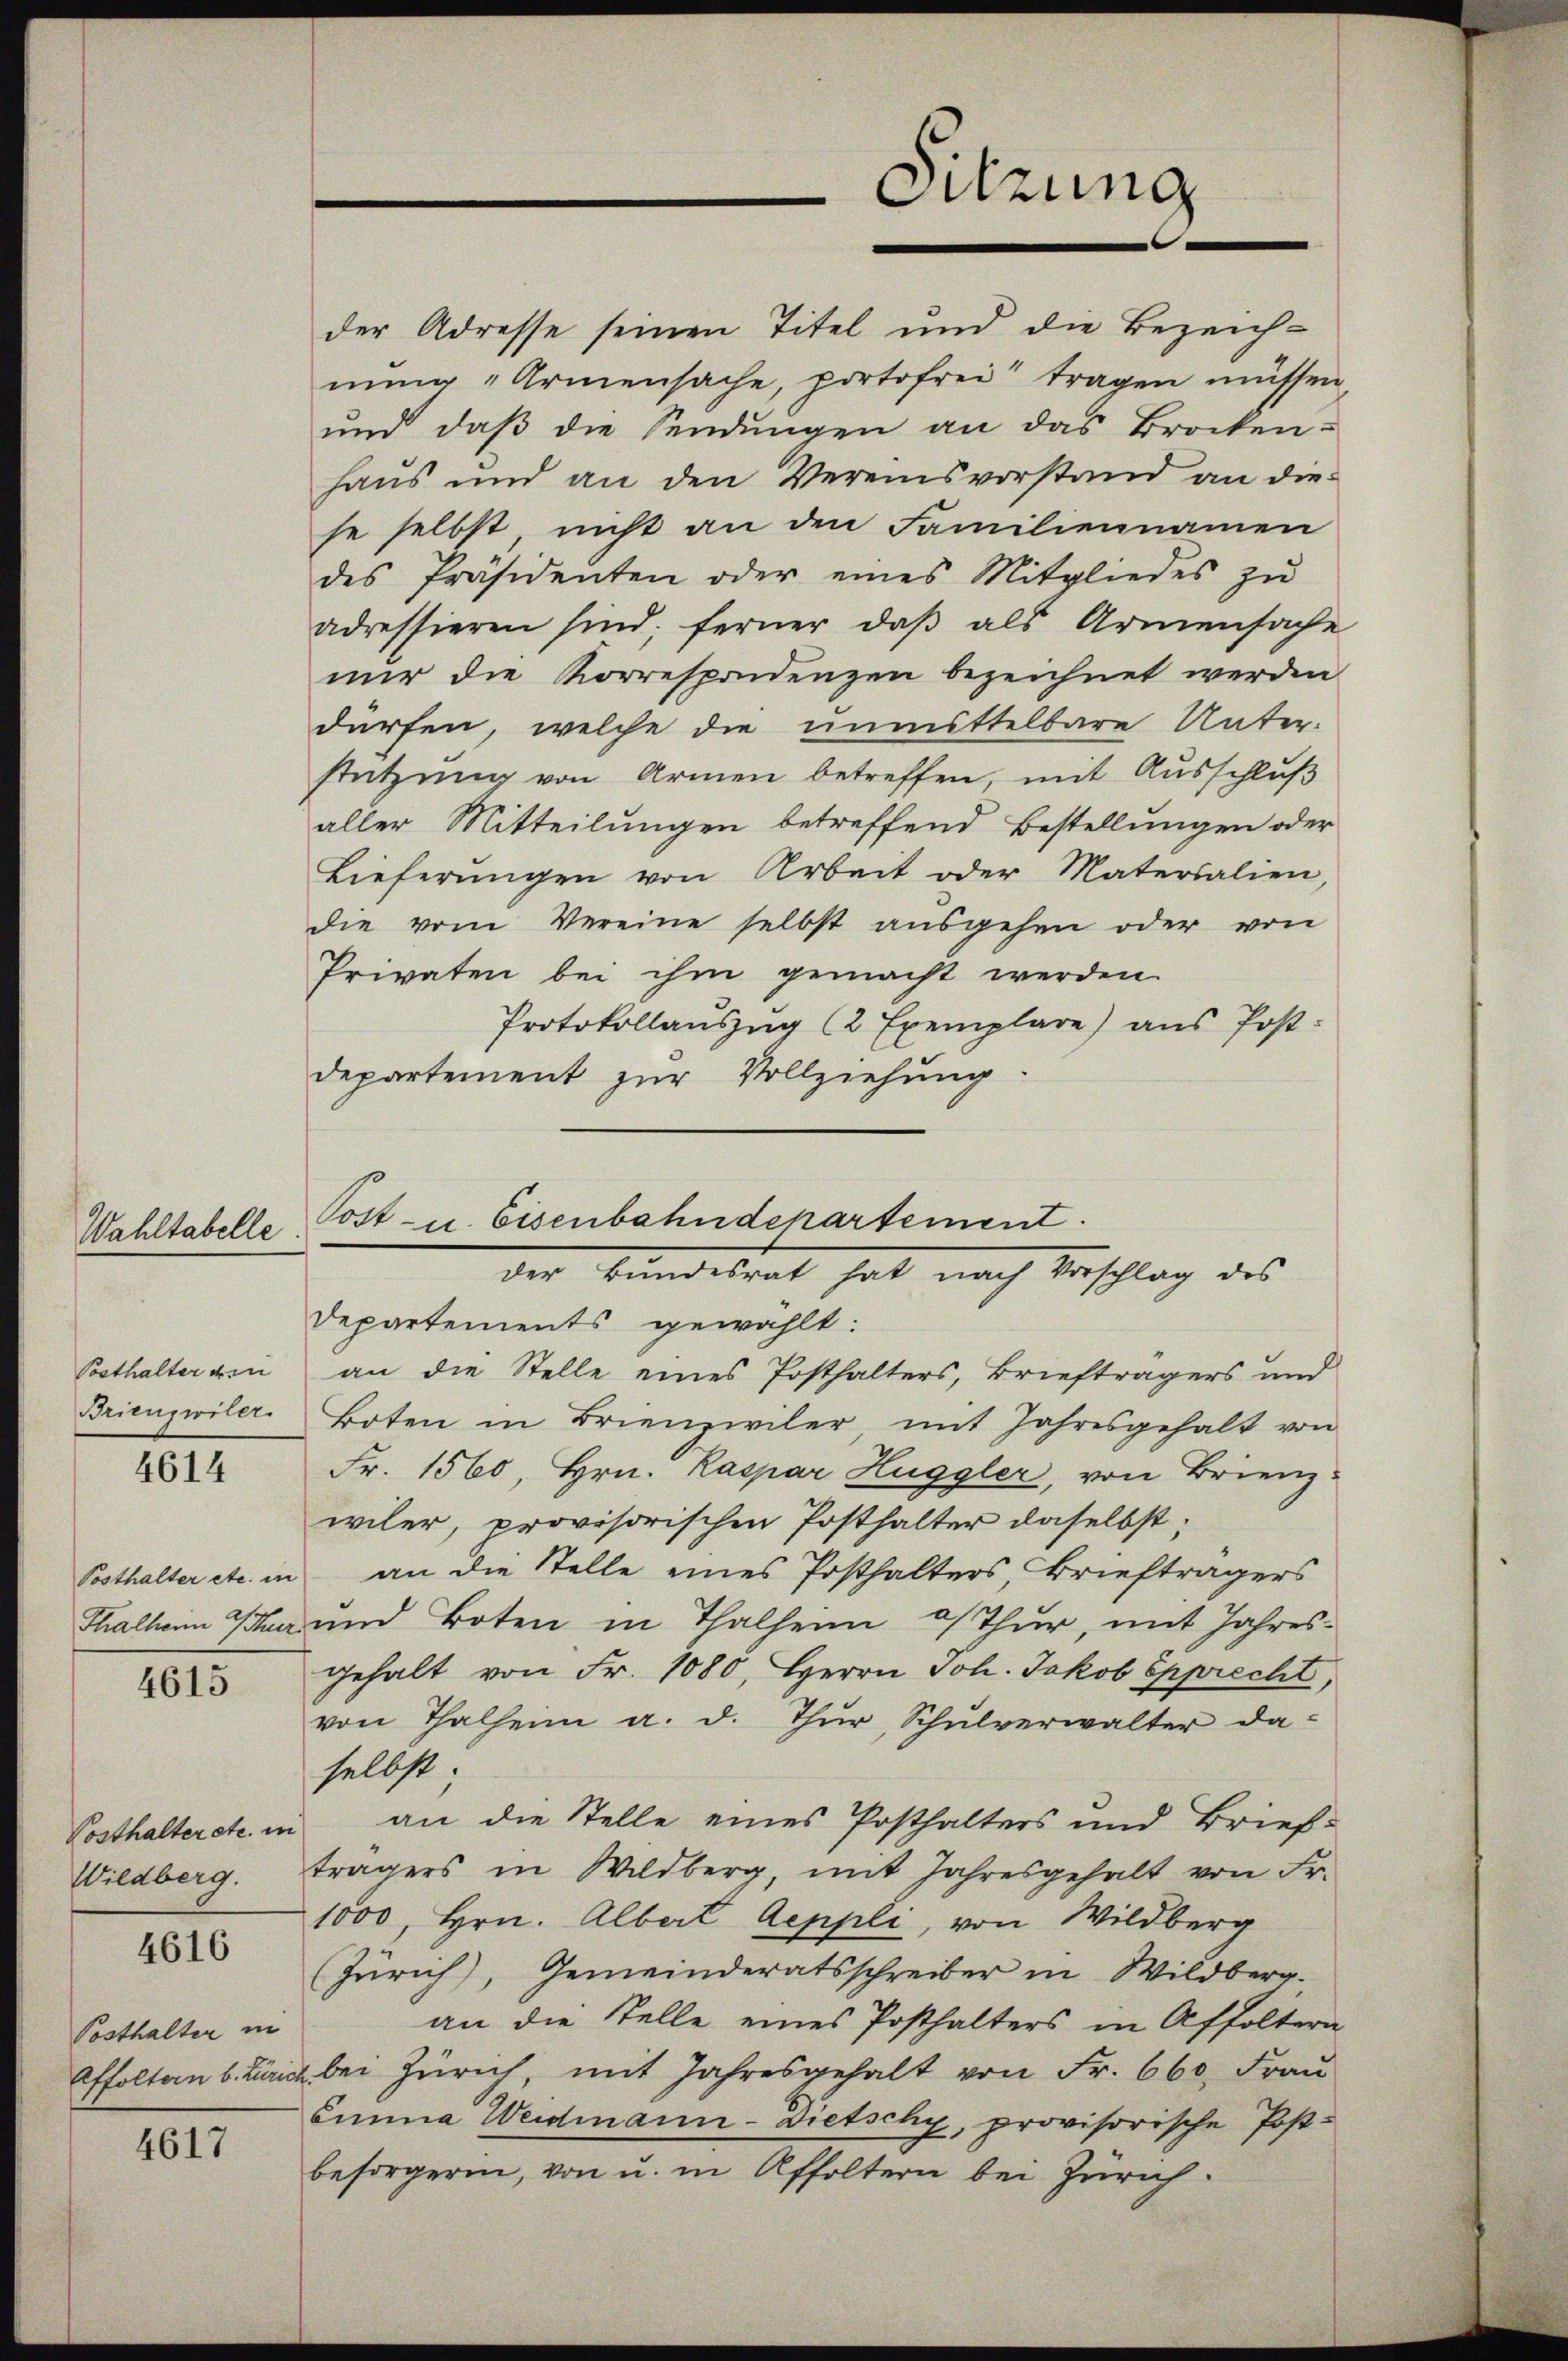
Wahltabelle

Posthalter von
Brieuzwiler.

4614

Posthalter etc. in

4615

Posthalter etc. in
Wildberg.

4616

Posthalter in

4617

der Adresse seinen Titel und die Bezeich-
mŭng „Armensache, portofrei tragen müssen
und daß die Sendungen an das Brocken
haus und an den Vereinsvorstand an die-
se selbst, nicht an den Familiennamen
des Präsidenten oder eines Mitgliedes zŭ
adressieren sind; ferner daβ als Armensache
mir die Korrespondenzen bezeichnet werden.
dürfen, welche die unmittelbare Unter-
stützung von Armen betreffen, mit Ausschluß
aller Mitteilungen betreffend Bestellungen oder
Lieferŭngen von Arbeit oder Matersalien,
die vom Vereine selbst ausgehen oder von
Privaten bei ihm gemacht werden.
Protokollauszug (2 Exemplare) ans Post-
departement zur Vollziehung

Departements gewählt:
an die Stelle eines Posthalters, Briefträgers und
Boten in Brienzwiler, mit Jahresgehalt von
Fr. 1560, Hrn. Kaspar Huggler, von Brienz-
wiler, provisorischen Posthalter daselbst:
an die Stelle eines Posthalters Briefträgers
Thallen Par und Boten in Thalheim of thur, mit Jahresgehalt von Fr. 1080, Herrn Joh. Jakob Spprecht,
von Thalheim a. d. Thŭr, Schŭlverwalter da-
selbst;
an die Stelle eines Posthalters und Brief-
trägers in Wildberg, mit Jahresgehalt von Fr.
1000, Hrn. Albert Aeppli, von Wildberg
(Zürich), Gemeinderatsschreiber in Wildberg.
an die Stelle eines Posthalters in Affoltern
Affoltern b. Zürich bei Zürich, mit Jahresgehalt von Fr. 660, Frau
Einna Weidmann-Dietschy, provisorische Post-
besorgerin, von u. in Affoltern bei Zürich

Sitzung

Post- u. Eisenbahndepartement.
der Bundesrat hat nach Verschlag des